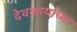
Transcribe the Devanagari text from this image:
देवकार्याच्या